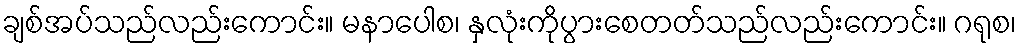
ချစ်အပ်သည်လည်းကောင်း။ မနာပေါစ၊ နှလုံးကိုပွားစေတတ်သည်လည်းကောင်း။ ဂရုစ၊